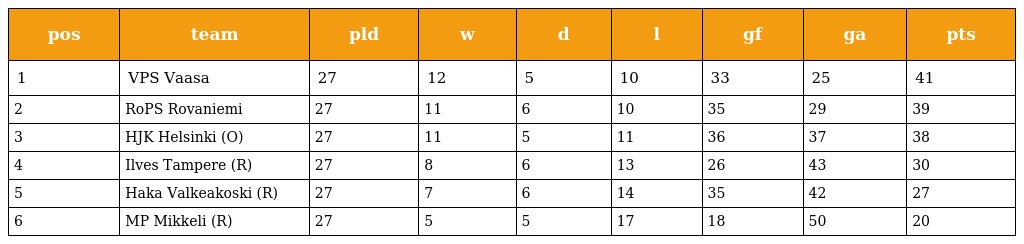
| pos | team | pld | w | d | l | gf | ga | pts |
 | --- | --- | --- | --- | --- | --- | --- | --- | --- |
 | 1 | VPS Vaasa | 27 | 12 | 5 | 10 | 33 | 25 | 41 |
 | 2 | RoPS Rovaniemi | 27 | 11 | 6 | 10 | 35 | 29 | 39 |
 | 3 | HJK Helsinki (O) | 27 | 11 | 5 | 11 | 36 | 37 | 38 |
 | 4 | Ilves Tampere (R) | 27 | 8 | 6 | 13 | 26 | 43 | 30 |
 | 5 | Haka Valkeakoski (R) | 27 | 7 | 6 | 14 | 35 | 42 | 27 |
 | 6 | MP Mikkeli (R) | 27 | 5 | 5 | 17 | 18 | 50 | 20 |